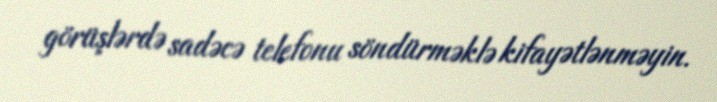
görüşlərdə sadəcə telefonu söndürməklə kifayətlənməyin.